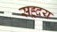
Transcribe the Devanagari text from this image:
सह्र्दय